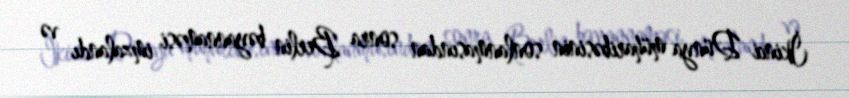
İkinci Dünya müharibəsinin sonlanmasından sonra Berlin bəyannaməsi imzalandı və